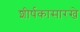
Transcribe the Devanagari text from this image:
शीर्षकासारखे